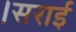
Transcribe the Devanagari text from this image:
।सराई